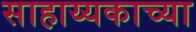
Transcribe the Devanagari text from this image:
साहाय्यकाच्या